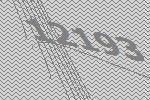
12193